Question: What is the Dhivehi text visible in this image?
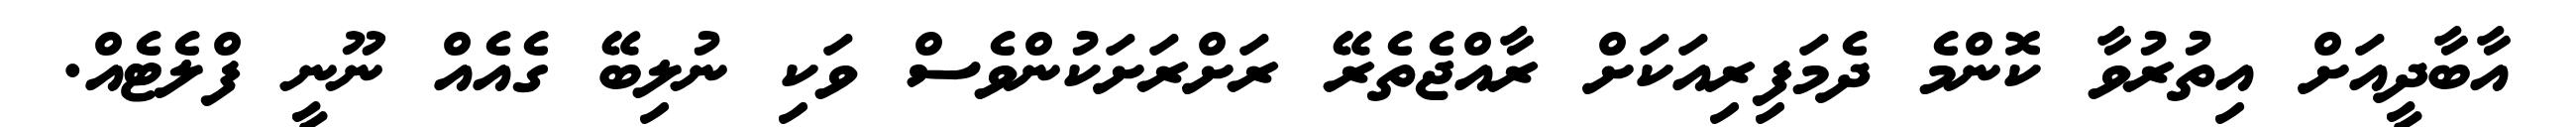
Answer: އާބާދީއަށް އިތުރުވާ ކޮންމެ ދެމަފިރިއަކަށް ރާއްޖެތެރޭ ރަށްރަށަކުންވެސް ވަކި ނުލިބޭ ގެއެއް ނޫނީ ފްލެޓެއް.